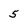
Character: 5